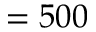
= 5 0 0